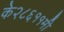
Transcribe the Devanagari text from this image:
के२८६११मी